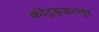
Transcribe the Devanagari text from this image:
कोटुङ्ङल्लूर